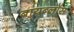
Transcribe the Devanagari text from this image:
बायब्लॉस